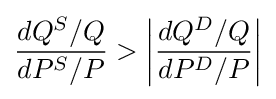
{\frac {dQ^{S}/Q}{dP^{S}/P}}>\left|{\frac {dQ^{D}/Q}{dP^{D}/P}}\right|